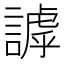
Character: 謼